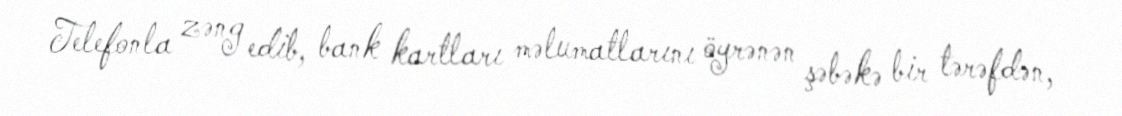
Telefonla zəng edib, bank kartları məlumatlarını öyrənən şəbəkə bir tərəfdən,